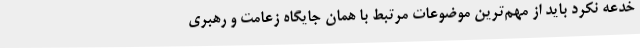
خدعه نکرد باید از مهم‌ترین موضوعات مرتبط با همان جایگاه زعامت و رهبری